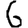
Digit: 6